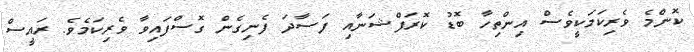
ކޮންމެ ވެރިކަމަކީވެސް އިންތިހާ ބޮޑު ކޮރަފްޝަނާއި ފަސާދަ ފެނިގެން ގޮސްފައިވާ ވެރިކަމެވެ. ރައީސް